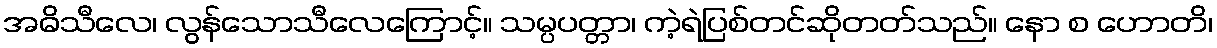
အဓိသီလေ၊ လွန်သောသီလေကြောင့်။ သမ္ပပတ္တာ၊ ကဲ့ရဲပြစ်တင်ဆိုတတ်သည်။ နော စ ဟောတိ၊